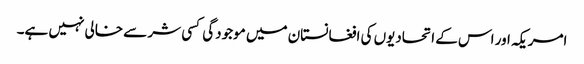
امریکہ اور اس کے اتحادیوں کی افغانستان میں موجودگی کسی شر سے خالی نہیں ہے۔